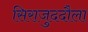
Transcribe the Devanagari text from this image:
सिराजुददौला